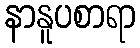
နာနူပစာရာ